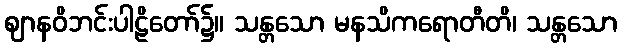
ဈာနဝိဘင်းပါဠိတော်၌။ သန္တသော မနသိကရောတီတိ၊ သန္တသော